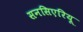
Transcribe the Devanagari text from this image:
सनसिएरियू